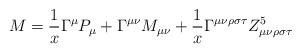
LaTeX: \begin{align*}M = \frac{1}{x} \Gamma^\mu P_\mu + \Gamma^{\mu\nu}M_{\mu\nu}+\frac{1}{x} \Gamma^{\mu\nu\rho\sigma\tau}Z^5_{\mu\nu\rho\sigma\tau}\end{align*}